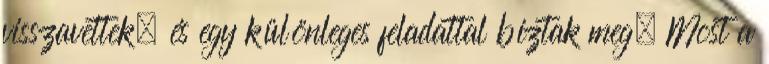
visszavettek, és egy különleges feladattal bíztak meg. Most a